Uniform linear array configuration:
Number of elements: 16
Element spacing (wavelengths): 0.25
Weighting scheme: exponential
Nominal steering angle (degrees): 30
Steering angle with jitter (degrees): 31.415
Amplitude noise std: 0.05
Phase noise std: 0.05

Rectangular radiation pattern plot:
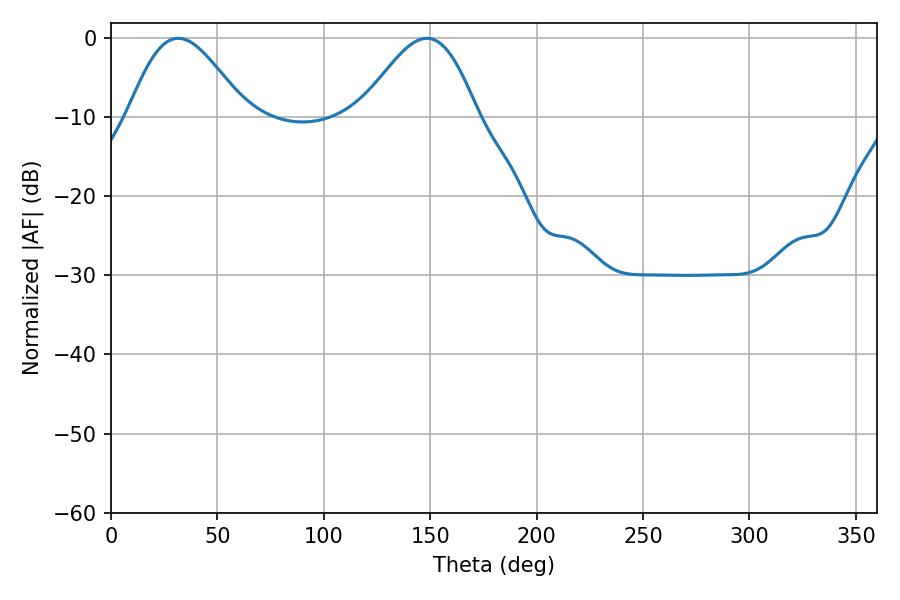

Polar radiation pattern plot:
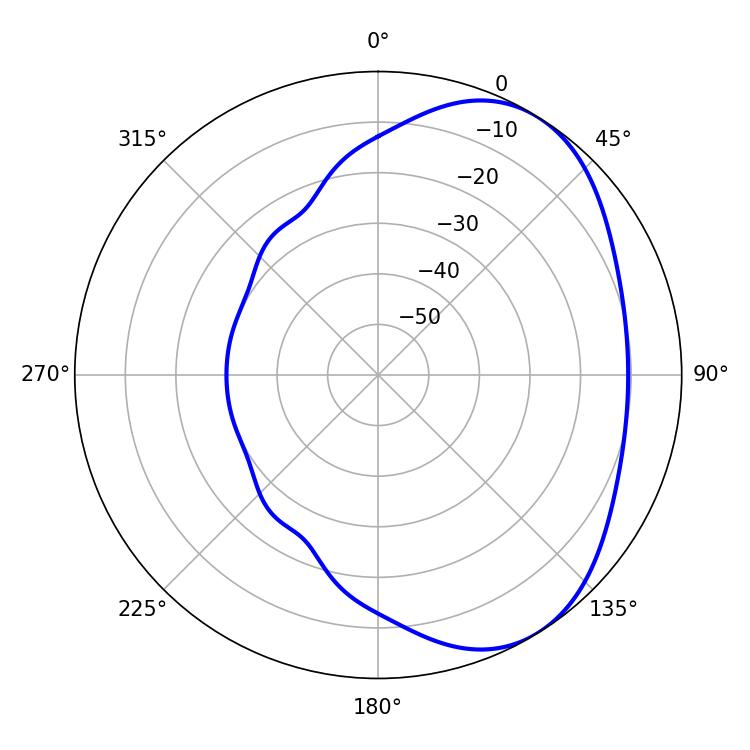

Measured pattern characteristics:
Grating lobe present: FALSE
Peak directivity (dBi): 4.595
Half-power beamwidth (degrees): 29.16
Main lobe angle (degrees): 31.5